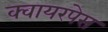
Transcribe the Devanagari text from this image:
क्वायरपेस